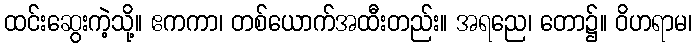
ထင်းဆွေးကဲ့သို့။ ဧကကာ၊ တစ်ယောက်အထီးတည်း။ အရညေ၊ တော၌။ ဝိဟရာမ၊